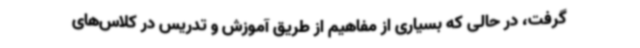
گرفت، در حالی که بسیاری از مفاهیم از طریق آموزش و تدریس در کلاس‌های